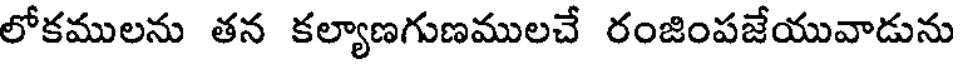
లోకములను తన కల్యాణగుణములచే రంజింపజేయువాడును